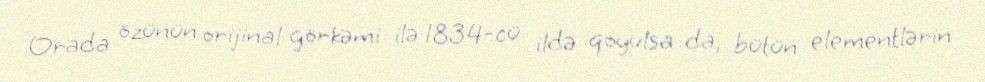
Orada özünün orijinal görkəmi ilə 1834-cü ildə qoyulsa da, bütün elementlərin